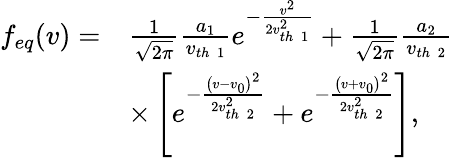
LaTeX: \begin{array}{rl}{f_{eq}(v)=}&{\frac{1}{\sqrt{2\pi}}\frac{a_{1}}{v_{th\; 1}}e^{-\frac{v^{2}}{2v_{th\; 1}^{2}}}+\frac{1}{\sqrt{2\pi}}\frac{a_{2}}{v_{th\; 2}}}\\ &{\times\left[e^{-\frac{\left(v-v_{0}\right)^{2}}{2v_{th\; 2}^{2}}}+e^{-\frac{\left(v+v_{0}\right)^{2}}{2v_{th\; 2}^{2}}}\right],}\end{array}